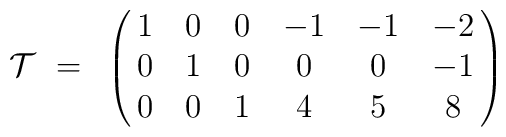
{\cal T}~=~\pmatrix{1&0&0&-1&-1&-2\cr 0&1&0&0&0&-1\cr 0&0&1&4&5&8}